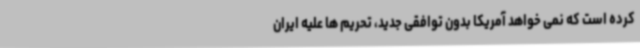
کرده است که نمی خواهد آمریکا بدون توافقی جدید، تحریم ها علیه ایران